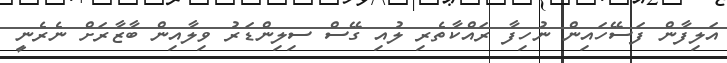
އަލިފާން ފަސޭހައިން ނުހިފާ ރައްކާތެރި ލުއި ގޭސް ސިލިންޑަރު ވިލާއިން ބާޒާރަށް ނެރެނީ